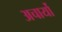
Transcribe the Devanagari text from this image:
अचार्यो